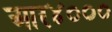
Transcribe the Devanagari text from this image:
आर४०००